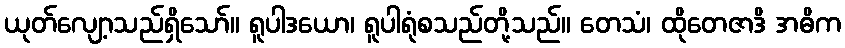
ယုတ်လျော့သည်ရှိသော်။ ရူပါဒယော၊ ရူပါရုံစသည်တို့သည်။ တေသံ၊ ထိုတေဇာဒိ အဓိက